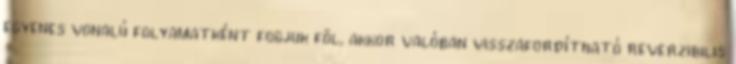
egyenes vonalú folyamatként fogjuk föl, akkor valóban visszafordítható reverzibilis